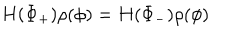
LaTeX: H ( \Phi _ { + } ) \rho ( \phi ) = H ( \Phi _ { - } ) \rho ( \phi )